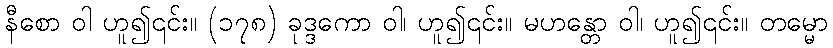
နီစော ဝါ ဟူ၍၎င်း။ (၁၇၈) ခုဒ္ဒကော ဝါ၊ ဟူ၍၎င်း။ မဟန္တော ဝါ၊ ဟူ၍၎င်း။ တမ္မော